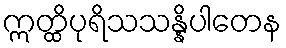
ဣတ္ထိပုရိသသန္နိပါတေန